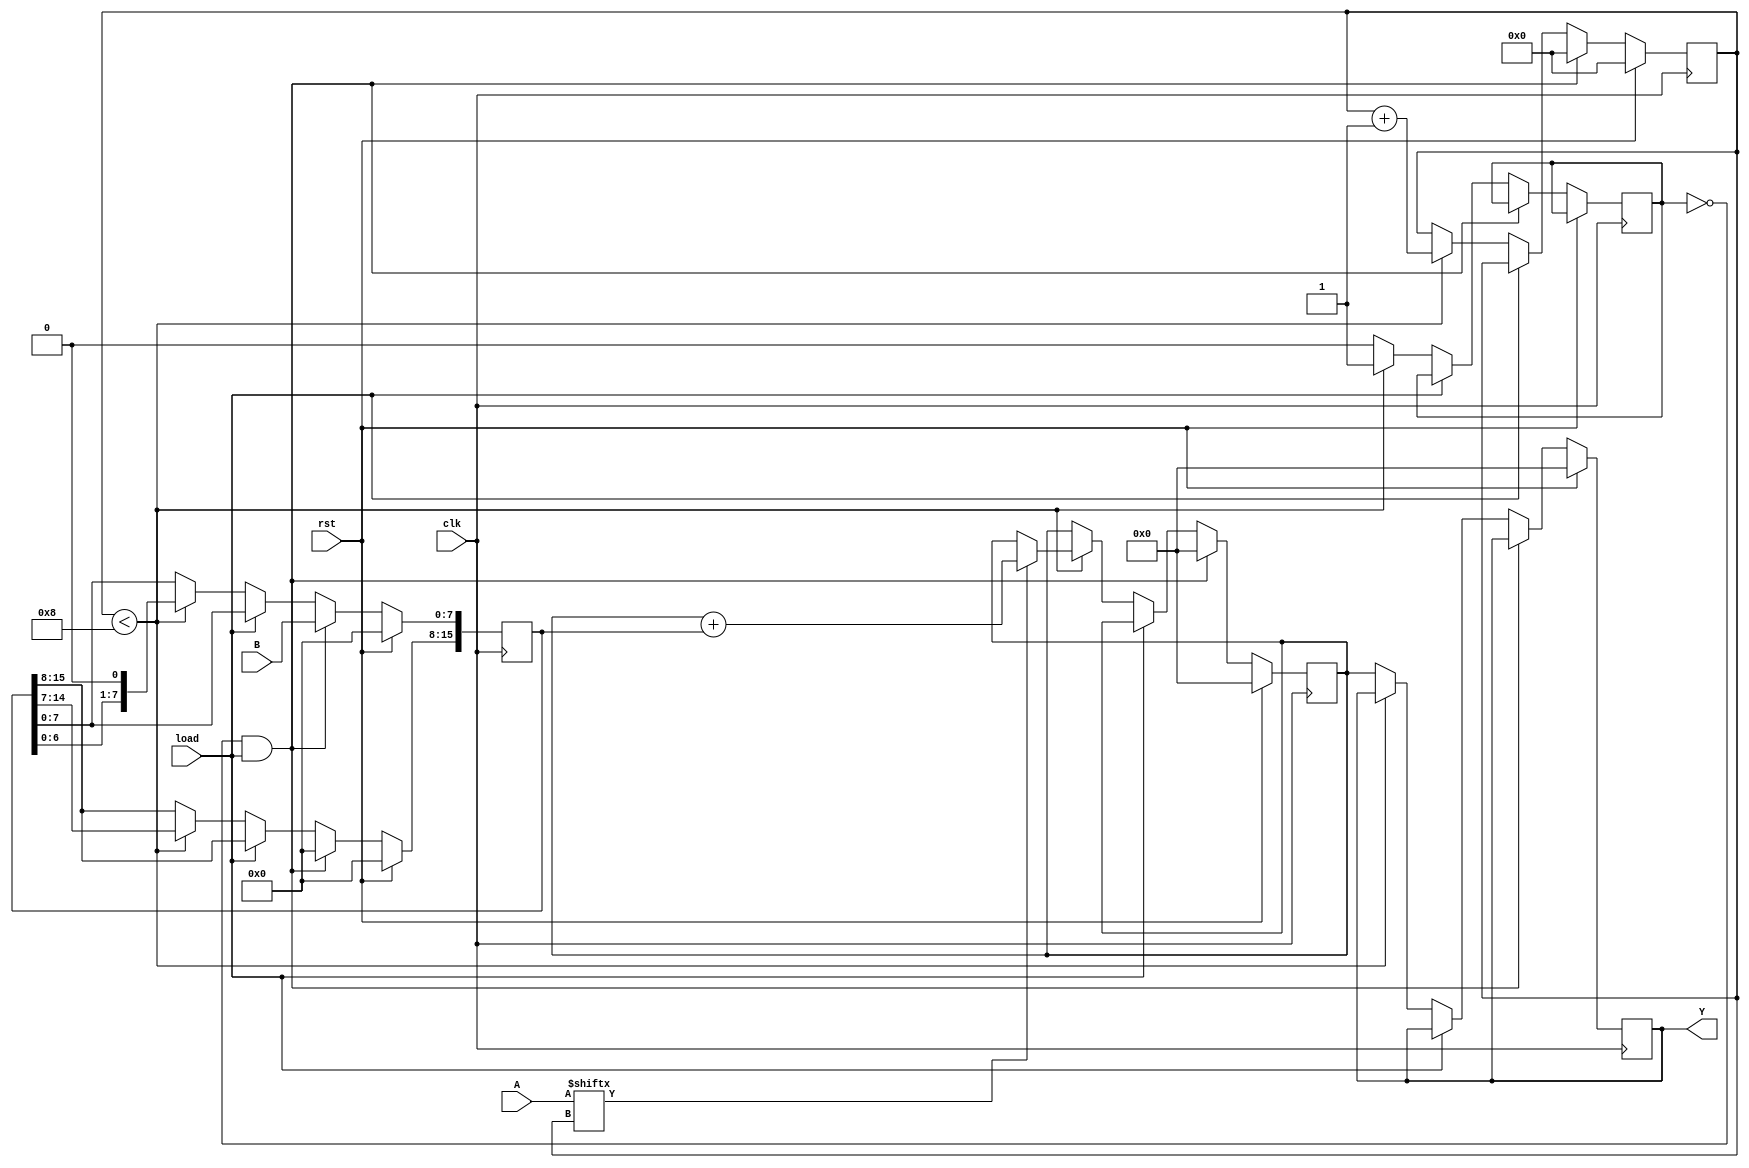
module booth_mult(A, B, clk, load, rst, Y);

   input [7:0] A;
   input [7:0] B;
   input       clk;
   input       load;
   input       rst;
   output reg [15:0] Y;

   reg		 load_lock = 0;
   reg [7:0] 	 A_reg;
   reg [15:0] 	 B_reg;
   reg [15:0] 	 Y_reg;
   reg [3:0] 	 count;

   always @(posedge clk)
     begin
	if (rst == 1)
	  begin
	     A_reg <= 0;
	     B_reg <= 0;
	     Y <= 0;
	     count <= 0;
	     Y_reg <= 0;
	  end
	// load?
	else if (load_lock != 1 && load == 1)
	  begin
	     A_reg <= A;
	     B_reg[7:0] <= B;
	     B_reg[15:8] <= 0;
	     count <= 0;
	     Y_reg <= 0;
	  end
	else if (load != 1)
	  begin
	     if (count < 8) begin
		load_lock <= 1;
		if (A[count])
		  Y_reg <= Y_reg + B_reg;
		B_reg <= B_reg << 1;
		count <= count + 1;
	     end
	     else
	       begin
		  Y <= Y_reg;
		  load_lock <= 0;
	       end // else: !if(count < 8)
	  end // if (load != 1)
     end // always @ (posedge clk)
endmodule // booth_mult